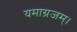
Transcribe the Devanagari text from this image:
यमाग्रजम्।